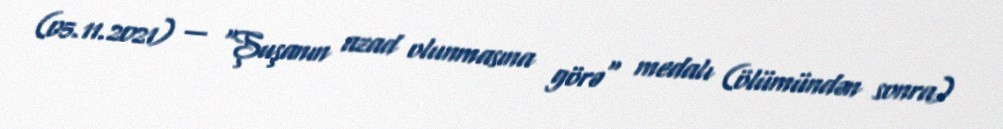
(05.11.2021) — "Şuşanın azad olunmasına görə" medalı (ölümündən sonra)